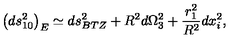
\left( d s _ { 1 0 } ^ { 2 } \right) _ { E } \simeq d s _ { B T Z } ^ { 2 } + R ^ { 2 } d \Omega _ { 3 } ^ { 2 } + { \frac { r _ { 1 } ^ { 2 } } { R ^ { 2 } } } d x _ { i } ^ { 2 } ,